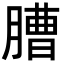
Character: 䐬